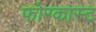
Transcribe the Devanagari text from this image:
फोरकास्ट